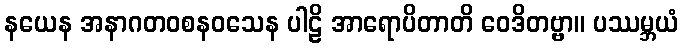
နယေန အနာဂတဝစနဝသေန ပါဠိ အာရောပိတာတိ ဝေဒိတဗ္ဗာ။ ပဿမ္ဘယံ